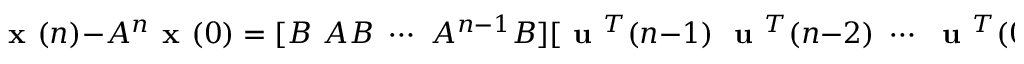
{ \textbf { x } } ( n ) - A ^ { n } { \textbf { x } } ( 0 ) = [ B \, \, A B \, \, \cdots \, \, A ^ { n - 1 } B ] [ { \textbf { u } } ^ { T } ( n - 1 ) \, \, { \textbf { u } } ^ { T } ( n - 2 ) \, \, \cdots \, \, { \textbf { u } } ^ { T } ( 0 ) ] ^ { T } .